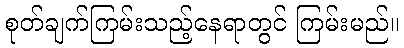
စုတ်ချက်ကြမ်းသည့်နေရာတွင် ကြမ်းမည်။